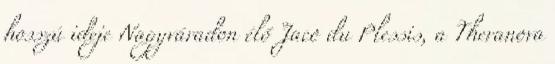
hosszú ideje Nagyváradon élő Jaco du Plessis, a Theranova